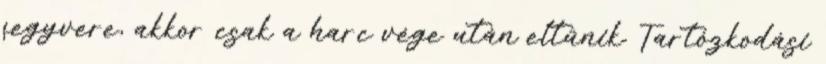
fegyvere, akkor csak a harc vége után eltűnik. Tartózkodási